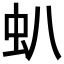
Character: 𧈢